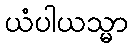
ယံပါယသ္မာ